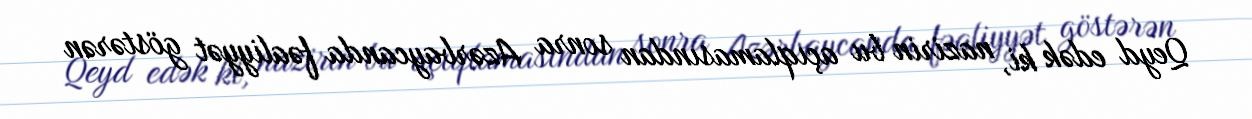
Qeyd edək ki, nazirin bu açıqlamasından sonra Azərbaycanda fəaliyyət göstərən